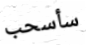
سأسحب